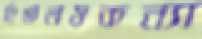
হিমালয়কন্যা